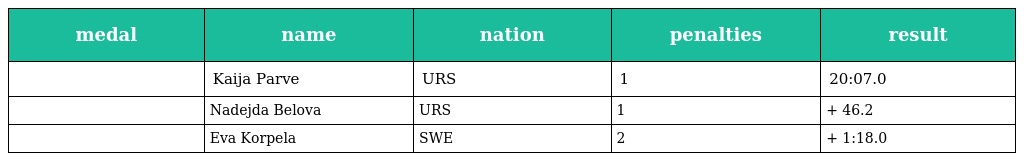
| medal | name | nation | penalties | result |
 | --- | --- | --- | --- | --- |
 |  | Kaija Parve | URS | 1 | 20:07.0 |
 |  | Nadejda Belova | URS | 1 | + 46.2 |
 |  | Eva Korpela | SWE | 2 | + 1:18.0 |